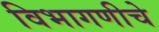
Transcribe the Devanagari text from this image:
विभागणीचे